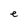
Character: e